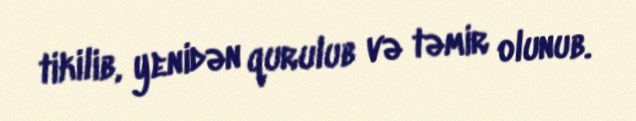
tikilib, yenidən qurulub və təmir olunub.